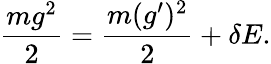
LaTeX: \frac{mg^{2}}{2}=\frac{m(g^{\prime})^{2}}{2}+\delta E.